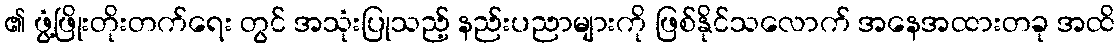
၏ ဖွံ့ဖြိုးတိုးတက်ရေး တွင် အသုံးပြုသည့် နည်းပညာများကို ဖြစ်နိုင်သလောက် အနေအထားတခု အထိ